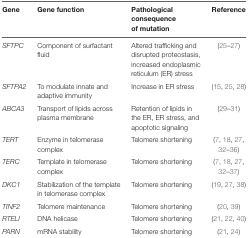
<table><thead><tr><td><b>Gene</b></td><td><b>Gene function</b></td><td><b>Pathological consequence of mutation</b></td><td><b>Reference</b></td></tr></thead><tbody><tr><td><i>SFTPC</i></td><td>Component of surfactant fluid</td><td>Altered trafficking and disrupted proteostasis, increased endoplasmic reticulum (ER) stress</td><td>(25–27)</td></tr><tr><td><i>SFTPA2</i></td><td>To modulate innate and adaptive immunity</td><td>Increase in ER stress</td><td>(15, 25, 28)</td></tr><tr><td><i>ABCA3</i></td><td>Transport of lipids across plasma membrane</td><td>Retention of lipids in the ER, ER stress, and apoptotic signaling</td><td>(29–31)</td></tr><tr><td><i>TERT</i></td><td>Enzyme in telomerase complex</td><td>Telomere shortening</td><td>(7, 18, 27, 32–36)</td></tr><tr><td><i>TERC</i></td><td>Template in telomerase complex</td><td>Telomere shortening</td><td>(7, 18, 27, 32–37)</td></tr><tr><td><i>DKC1</i></td><td>Stabilization of the template in telomerase complex</td><td>Telomere shortening</td><td>(19, 27, 38)</td></tr><tr><td><i>TINF2</i></td><td>Telomere maintenance</td><td>Telomere shortening</td><td>(20, 39)</td></tr><tr><td><i>RTELI</i></td><td>DNA helicase</td><td>Telomere shortening</td><td>(21, 22, 40)</td></tr><tr><td><i>PARN</i></td><td>mRNA stability</td><td>Telomere shortening</td><td>(21, 24)</td></tr></tbody></table>